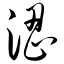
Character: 涩